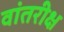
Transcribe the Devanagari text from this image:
वांतरीक्ष